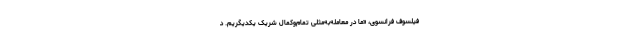
فیلسوف فرانسوی، «ما در معامله‌به‌مثلی تمام‌وکمال شریک یکدیگریم. د